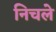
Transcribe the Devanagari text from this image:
निचले